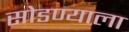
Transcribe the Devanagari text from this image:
सोडण्याला